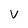
Character: V